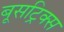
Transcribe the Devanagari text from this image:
बूसट्रिक्स